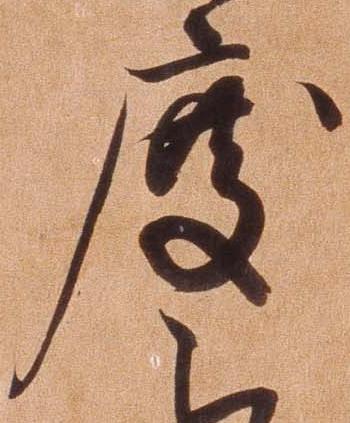
度